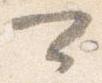
可